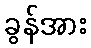
ခွန်အား